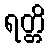
ရတ္တိ